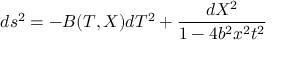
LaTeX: d s ^ { 2 } = - B ( T , X ) d T ^ { 2 } + \frac { d X ^ { 2 } } { 1 - 4 b ^ { 2 } x ^ { 2 } t ^ { 2 } }